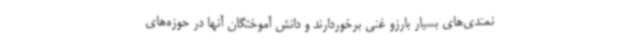
نمندی‌های بسیار بارزو غنی برخوردارند و دانش آموختگان آنها در حوزه‌های